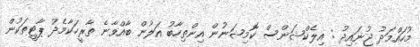
މުހައްމަދު ޖުނައިދު : އިލެކްޝަންސް ކޮމިޝަނުން އިންތިހާބު އަލުން ބާއްވާނެ ތާރީހަކާމެދު ޕާޓީތަކުން